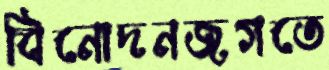
বিনোদনজগতে